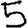
Digit: 5